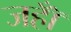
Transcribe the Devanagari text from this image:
जहॉँ